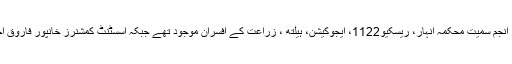
اجلاس میں ایڈیشنل ڈپٹی کمشنر(ریونیو)ڈاکٹر جہانزیب حسین لابر، اسسٹنٹ کمشنر چوہدری اعتزاز انجم سمیت محکمہ انہار، ریسکیو1122، ایجوکیشن، ہیلتھ ، زراعت کے افسران موجود تھے جبکہ اسسٹنٹ کمشنرز خانپور فاروق احمد، صادق آباد عامر افتخار اور لیاقت پور ارشد وٹو نے بذریعہ ویڈیو لنک اجلاس میں شرکت کی۔